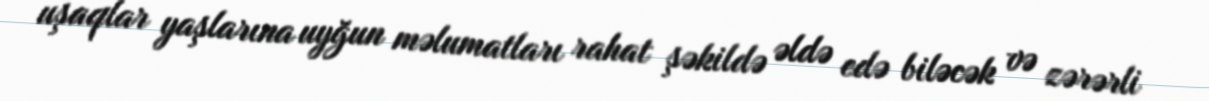
uşaqlar yaşlarına uyğun məlumatları rahat şəkildə əldə edə biləcək və zərərli